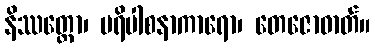
နိဿတ္တော၊ ပရိပါစနာကာရော၊ တေဇောဓာတ်။